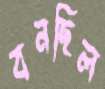
বনছিল